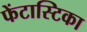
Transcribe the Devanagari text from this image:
फेंटास्टिका